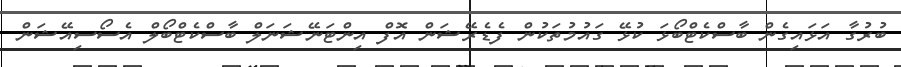
ބުރުގާ އަޅައިގެން ބާސްކެޓްބޯޅަ ކުޅޭ ގައުމުތަކުން ފެޑެރޭޝަން އޮފް އިންޓަނޭޝަނަލް ބާސްކެޓްބޯލް އެސޯސިއޭޝަން